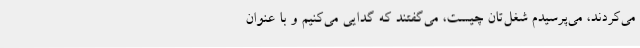
می‌کردند، می‌پرسیدم شغل‌تان چیست، می‌گفتند که گدایی می‌کنیم و با عنوان